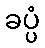
ခပ္ပံ